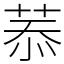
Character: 菾